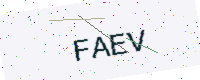
Text: FAEV